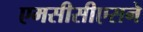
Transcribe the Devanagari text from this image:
एमसीसीएसने